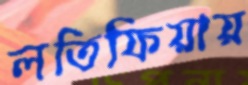
লতিফিয়ায়